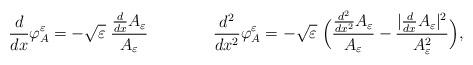
LaTeX: \begin{align*} \frac{d}{dx}\varphi_A^\varepsilon=-\sqrt{\varepsilon}\;\frac{\frac{d}{dx}A_\varepsilon}{A_\varepsilon}\qquad\qquad\frac{d^2}{dx^2}\varphi_A^\varepsilon=-\sqrt{\varepsilon}\;\Big(\frac{\frac{d^2}{dx^2}A_\varepsilon}{A_\varepsilon}-\frac{|\frac{d}{dx}A_\varepsilon|^2}{A_\varepsilon^2}\Big),\end{align*}